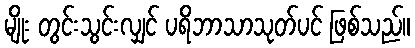
မျိုး တွင်းသွင်းလျှင် ပရိဘာသာသုတ်ပင် ဖြစ်သည်။